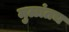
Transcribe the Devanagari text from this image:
मुळांतच